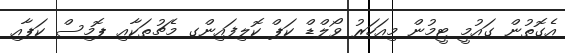
އެގޮތުން ގައުމީ ޓީމުން މިއަހަރު ވޯލްޑް ކަޕް ކޮލިފައިންގ މެޗުތަކާއި ޕޮމިސް ކަޕާއި